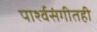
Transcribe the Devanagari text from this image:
पार्श्वसंगीतही